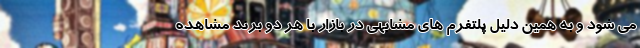
می شود و به همین دلیل پلتفرم های مشابهی در بازار با هر دو برند مشاهده